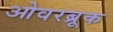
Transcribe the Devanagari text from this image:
ओवरब्रूक